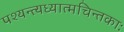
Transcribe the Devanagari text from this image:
पश्यन्त्यध्यात्मचिन्तकाः